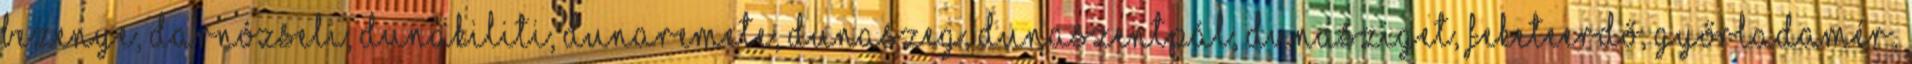
Bezenye, Darnózseli, Dunakiliti, Dunaremete, Dunaszeg, Dunaszentpál, Dunasziget, Feketeerdő, Győrladamér,